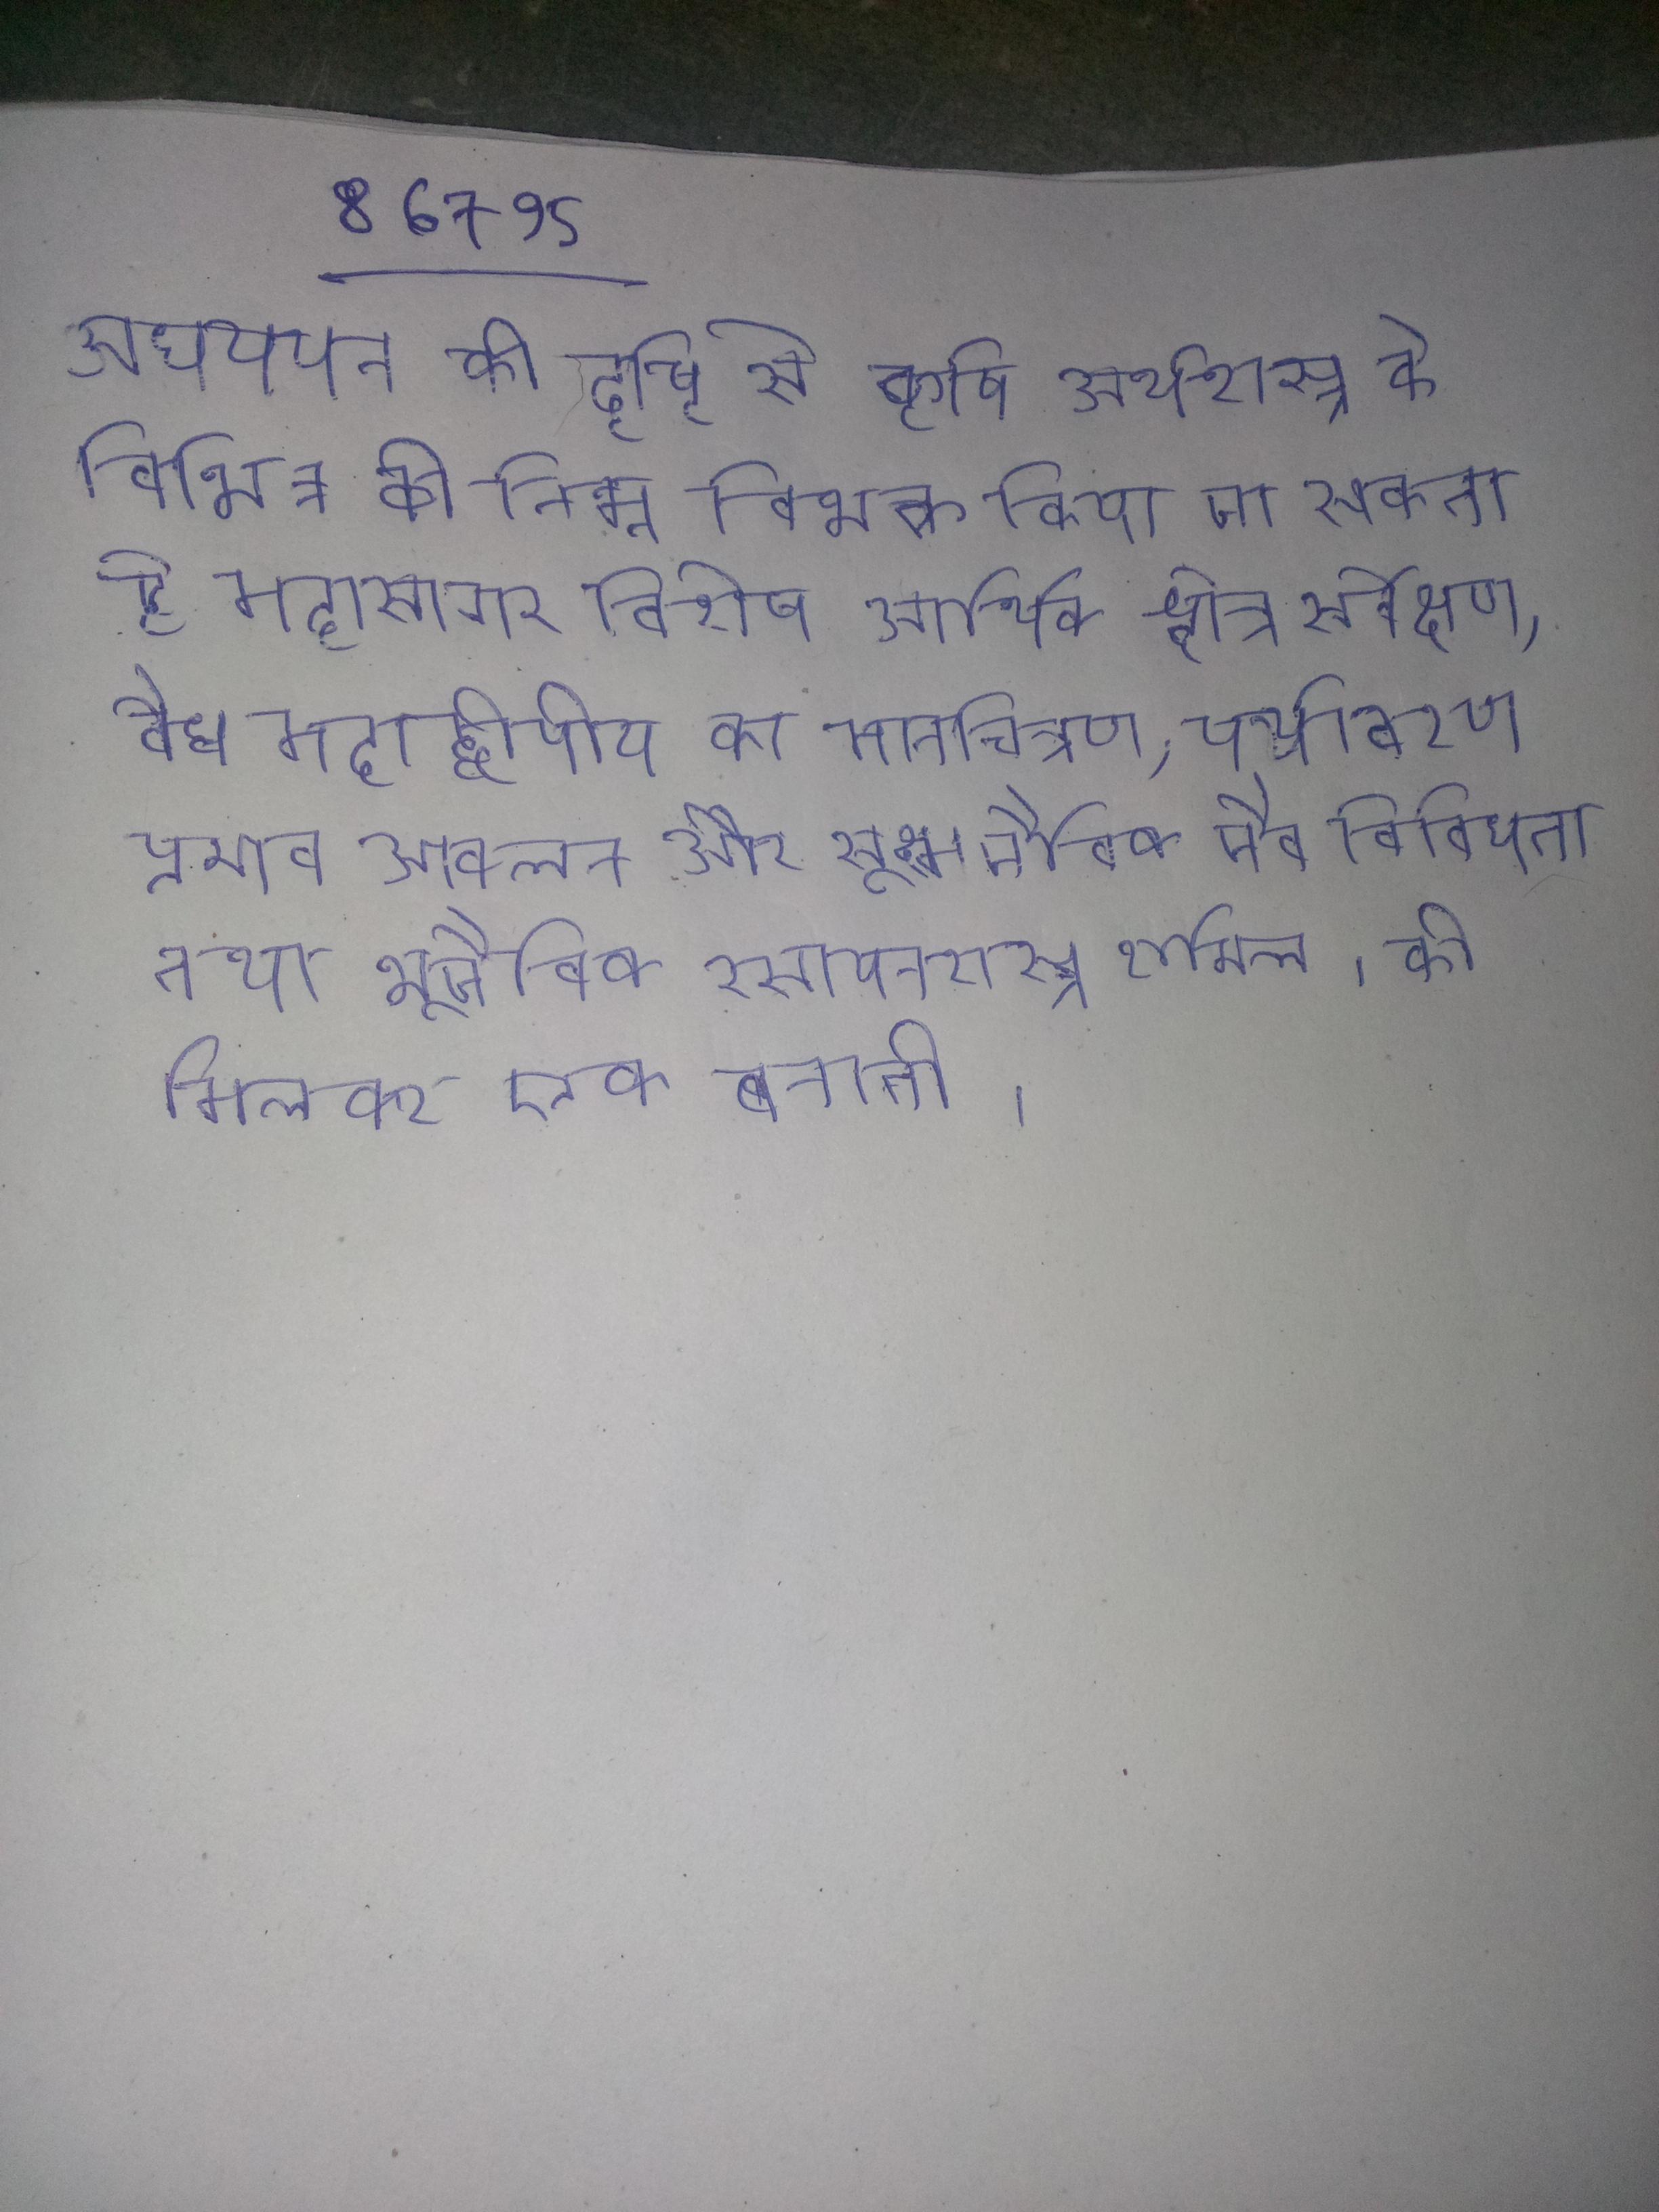
अधययन की दृष्टि से कृषि अर्थशास्त्र के विभिन्न को निम्न विभक्त किया जा सकता है अधययन, दक्षिणी महासागर विशेष आर्थिक क्षेत्र सर्वेक्षण, वैध महाद्वीपीय का मानचित्रण, पर्यावरण प्रभाव आकलन और सूक्ष्मजैविक जैव विविधता तथा भूजैविक रसायनशास्त्र शामिल । की मिलकर एक बनाती ।